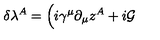
\delta \lambda ^ { A } = \Big ( i \gamma ^ { \mu } \partial _ { \mu } z ^ { A } + i { \cal G }